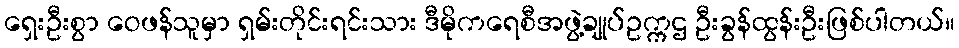
ရှေးဦးစွာ ဝေဖန်သူမှာ ရှမ်းတိုင်းရင်းသား ဒီမိုကရေစီအဖွဲ့ချုပ်ဥက္ကဌ ဦးခွန်ထွန်းဦးဖြစ်ပါတယ်။